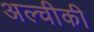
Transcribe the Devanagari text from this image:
अल्चीकी